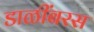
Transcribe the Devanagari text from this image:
डाळींबरस